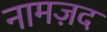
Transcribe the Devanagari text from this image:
नामज़द